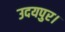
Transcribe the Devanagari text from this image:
उदयपुर।